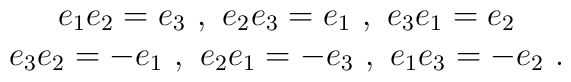
\begin{array}{c}    e_1e_2=e_3 \  , \  e_2e_3=e_1 \  , \  e_3e_1=e_2 \\    e_3e_2=-e_1 \  , \  e_2e_1=-e_3 \  , \  e_1e_3=-e_2 \  .    \end{array}